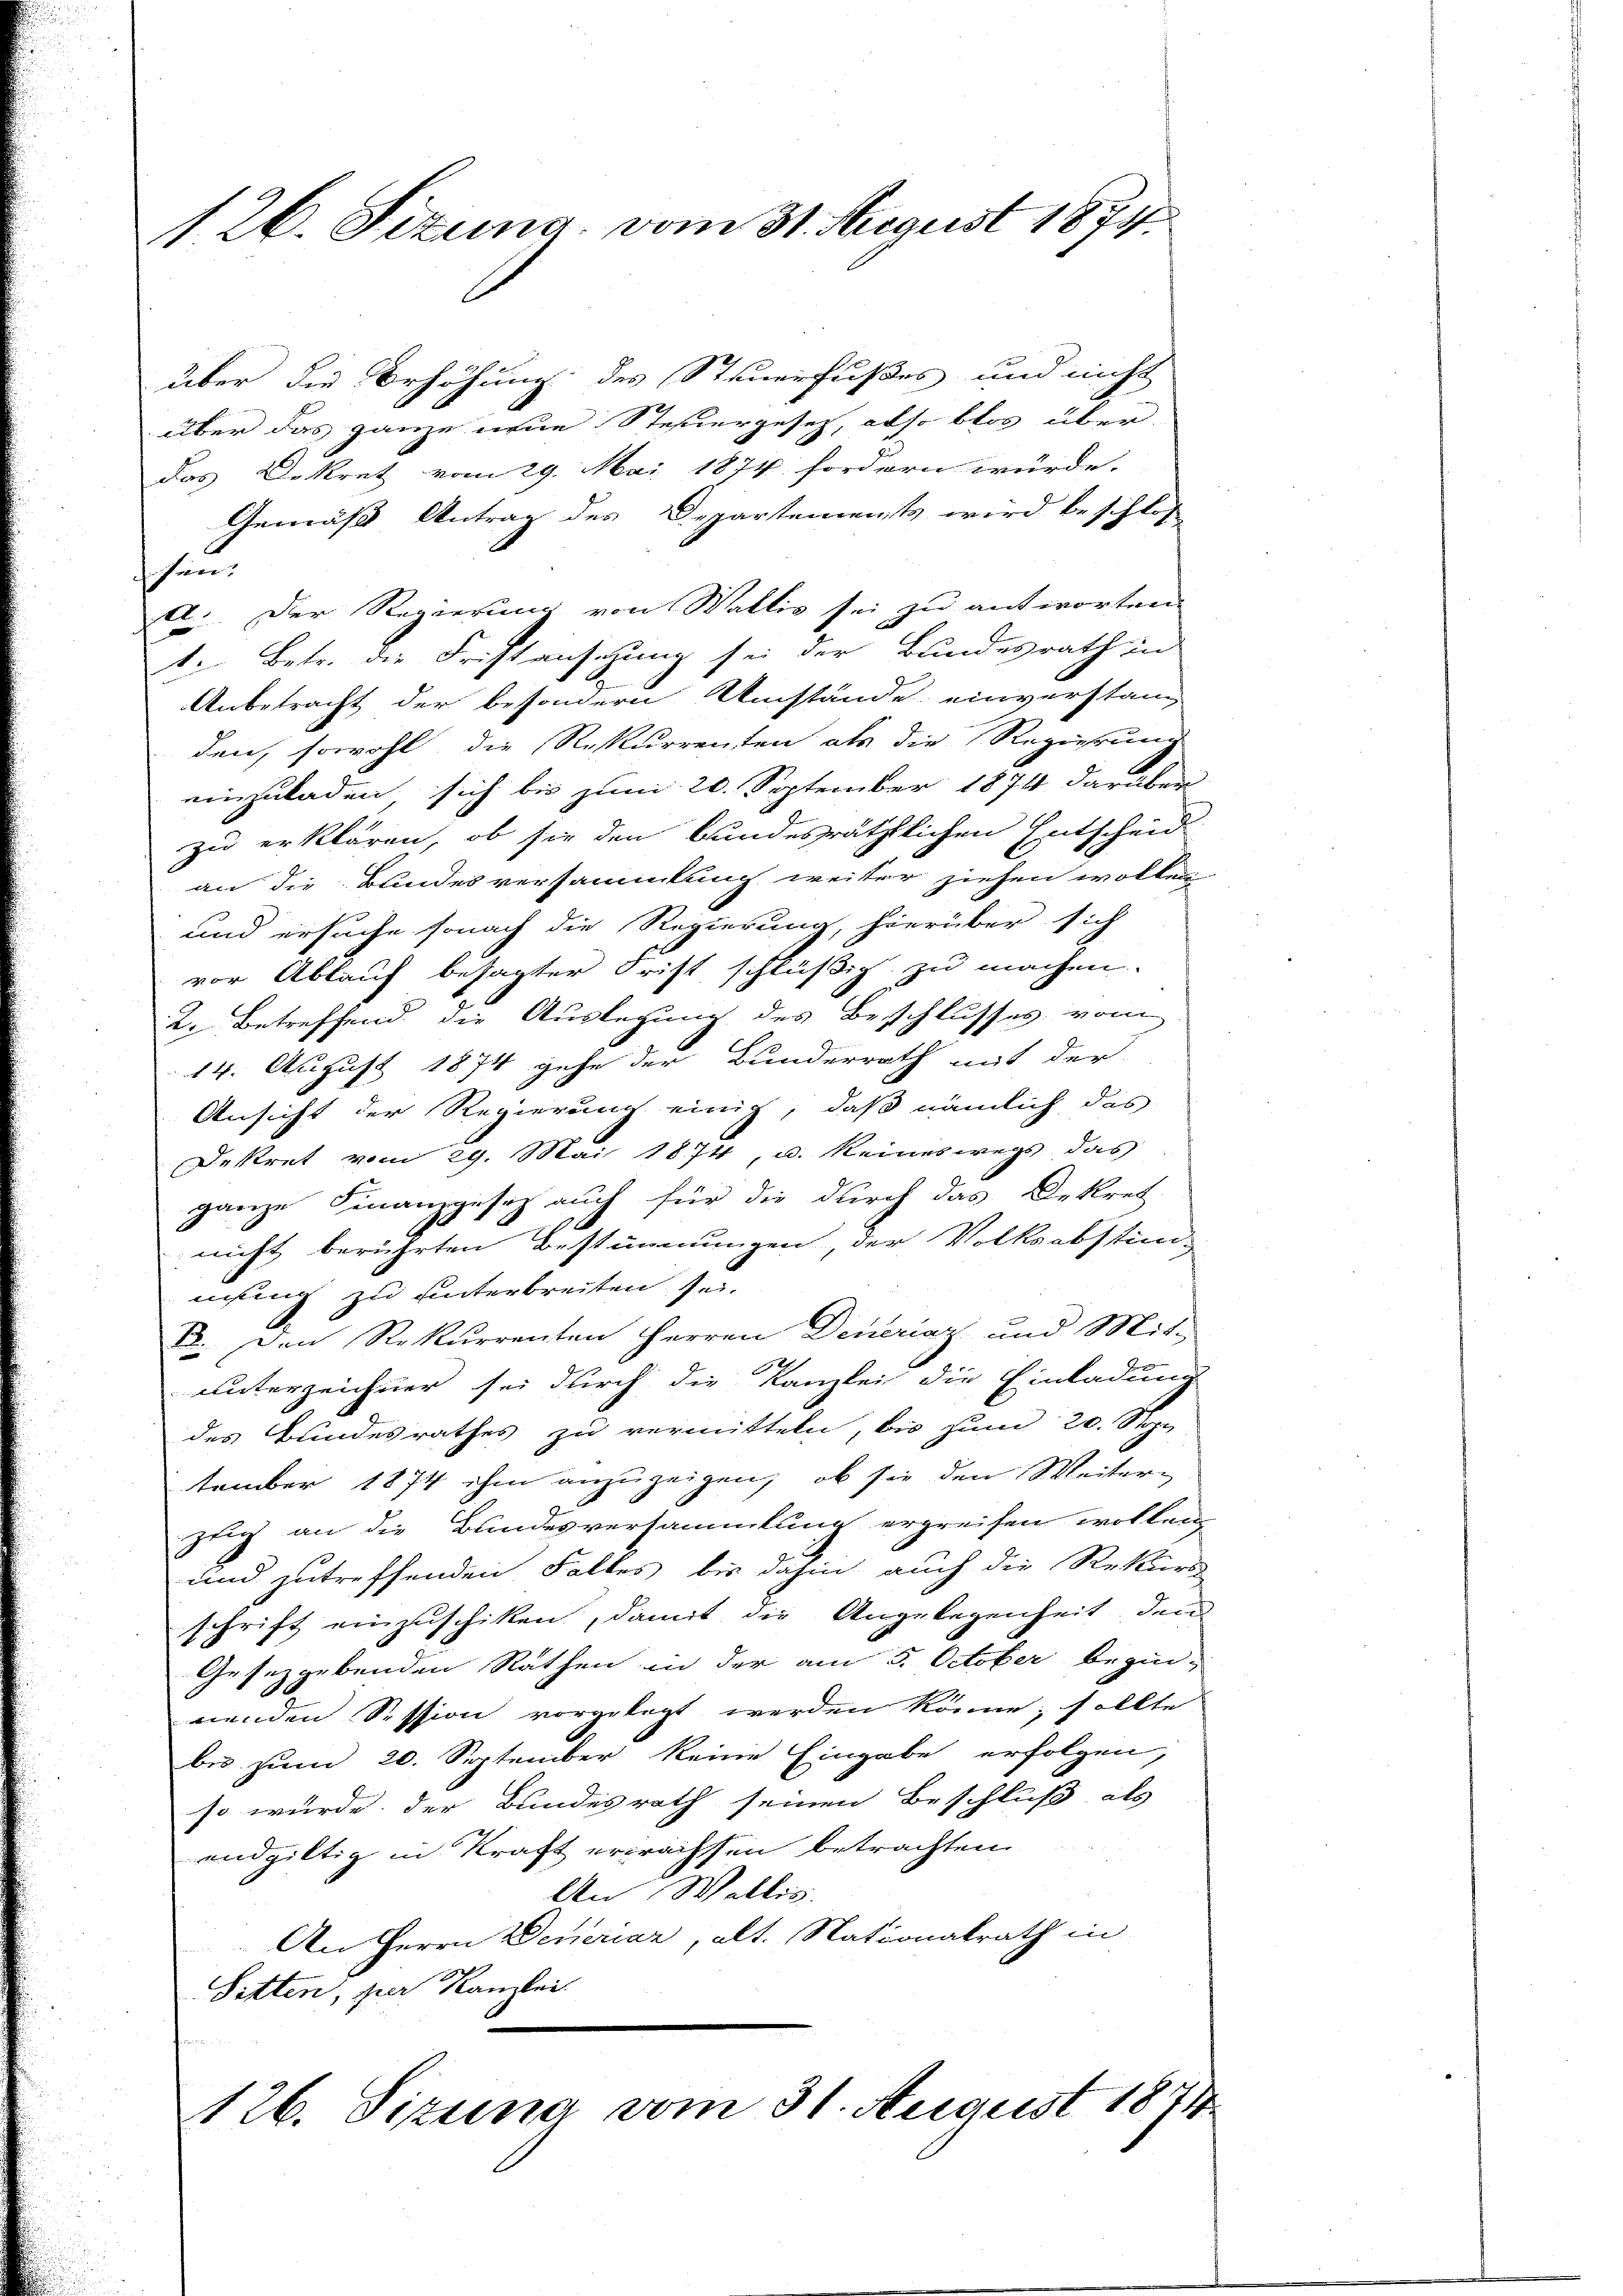
126. Sizung vom 31. August 1874

über die Erhöhung des Steuerfußes und nicht
über das ganze neue Steuergesetz, also blos über-
Das Dekret vom 29. Mai 1874 fordern würde.
Gemäß Antrag des Departements wird beschlos
hin
d. Der Regierung von Wallis sei zu antworten.
1. Betr. die Fristansezung sie der Bundesrath in
2
Anbetracht der besondern Umstände einverstand
den, sowohl die Rekurrenten als die Regierung
einzuladen sich bis zum 20. September 1874 darüber
zu erklären, ob sie den bundesräthlichen Entscheid
an die Bundesversammlung weiter ziehen wollen
und ersuche sonach die Regierung, hierüber sich
vor Ablauf besagter Frist schlüßig zu machen.
2. Betreffend die Auslegung des Beschlusses vom
14. August 1874 gehe der Bunderrath mit der
Ansicht der Regierung einig, daß nämlich das
Destret vom 29. Mai 1874, u. keineswegs das
ganze Finanzgesetz auch für die durch das Dekret-
a
nicht berührten Bestimmungen, der Volksabstim-
nisung zu unterbreiten sei.
E. Den Rekurrenten Herren Deneraz und Mit-
unterzeichner sei durch die Kanzlei die Einladung
des Bundesrathes zu vermitteln, bis zum 20. Stop
tember 1874 ihm anzuzeigen, ob sie den Weitern
zug an die Bundesversammlung ergreifen wollen,
und zutreffenden Falles bis dahin auch die Rekurs
schrift einzuschiken, damit die Angelegenheit den
Gesetzgebenden Rathen in der am 5. October begin-
nenden Session vorgelegt werden könne; sollte
bis zum 20. September keine Eingabe erfolgen,
so würde der Bundesrath seinen Beschluß als
endgültig in Kraft erwachsen betrachten
An Wallis.
An Herrn Deneraz, alt. Nationalrath in
Sitten, zur Kanzlei.
26. Sizung vom 31. August 1871